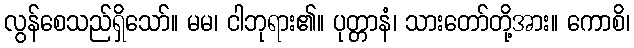
လွန်စေသည်ရှိသော်။ မမ၊ ငါဘုရား၏။ ပုတ္တာနံ၊ သားတော်တို့အား။ ကောစိ၊